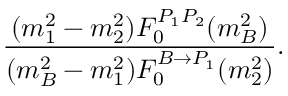
\frac { ( m _ { 1 } ^ { 2 } - m _ { 2 } ^ { 2 } ) F _ { 0 } ^ { P _ { 1 } P _ { 2 } } ( m _ { B } ^ { 2 } ) } { ( m _ { B } ^ { 2 } - m _ { 1 } ^ { 2 } ) F _ { 0 } ^ { B \to P _ { 1 } } ( m _ { 2 } ^ { 2 } ) } .